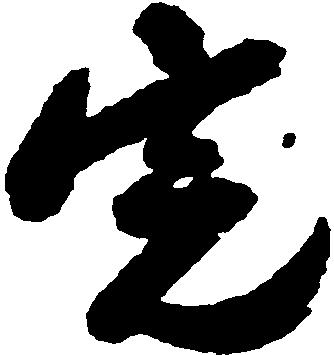
宍